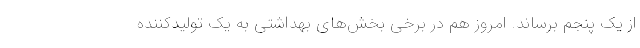
از یک پنجم برساند. امروز هم در برخی بخش‌های بهداشتی به یک تولیدکننده